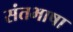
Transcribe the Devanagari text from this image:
संतभाषा